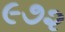
૯૭૨